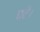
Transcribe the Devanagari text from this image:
घटें।